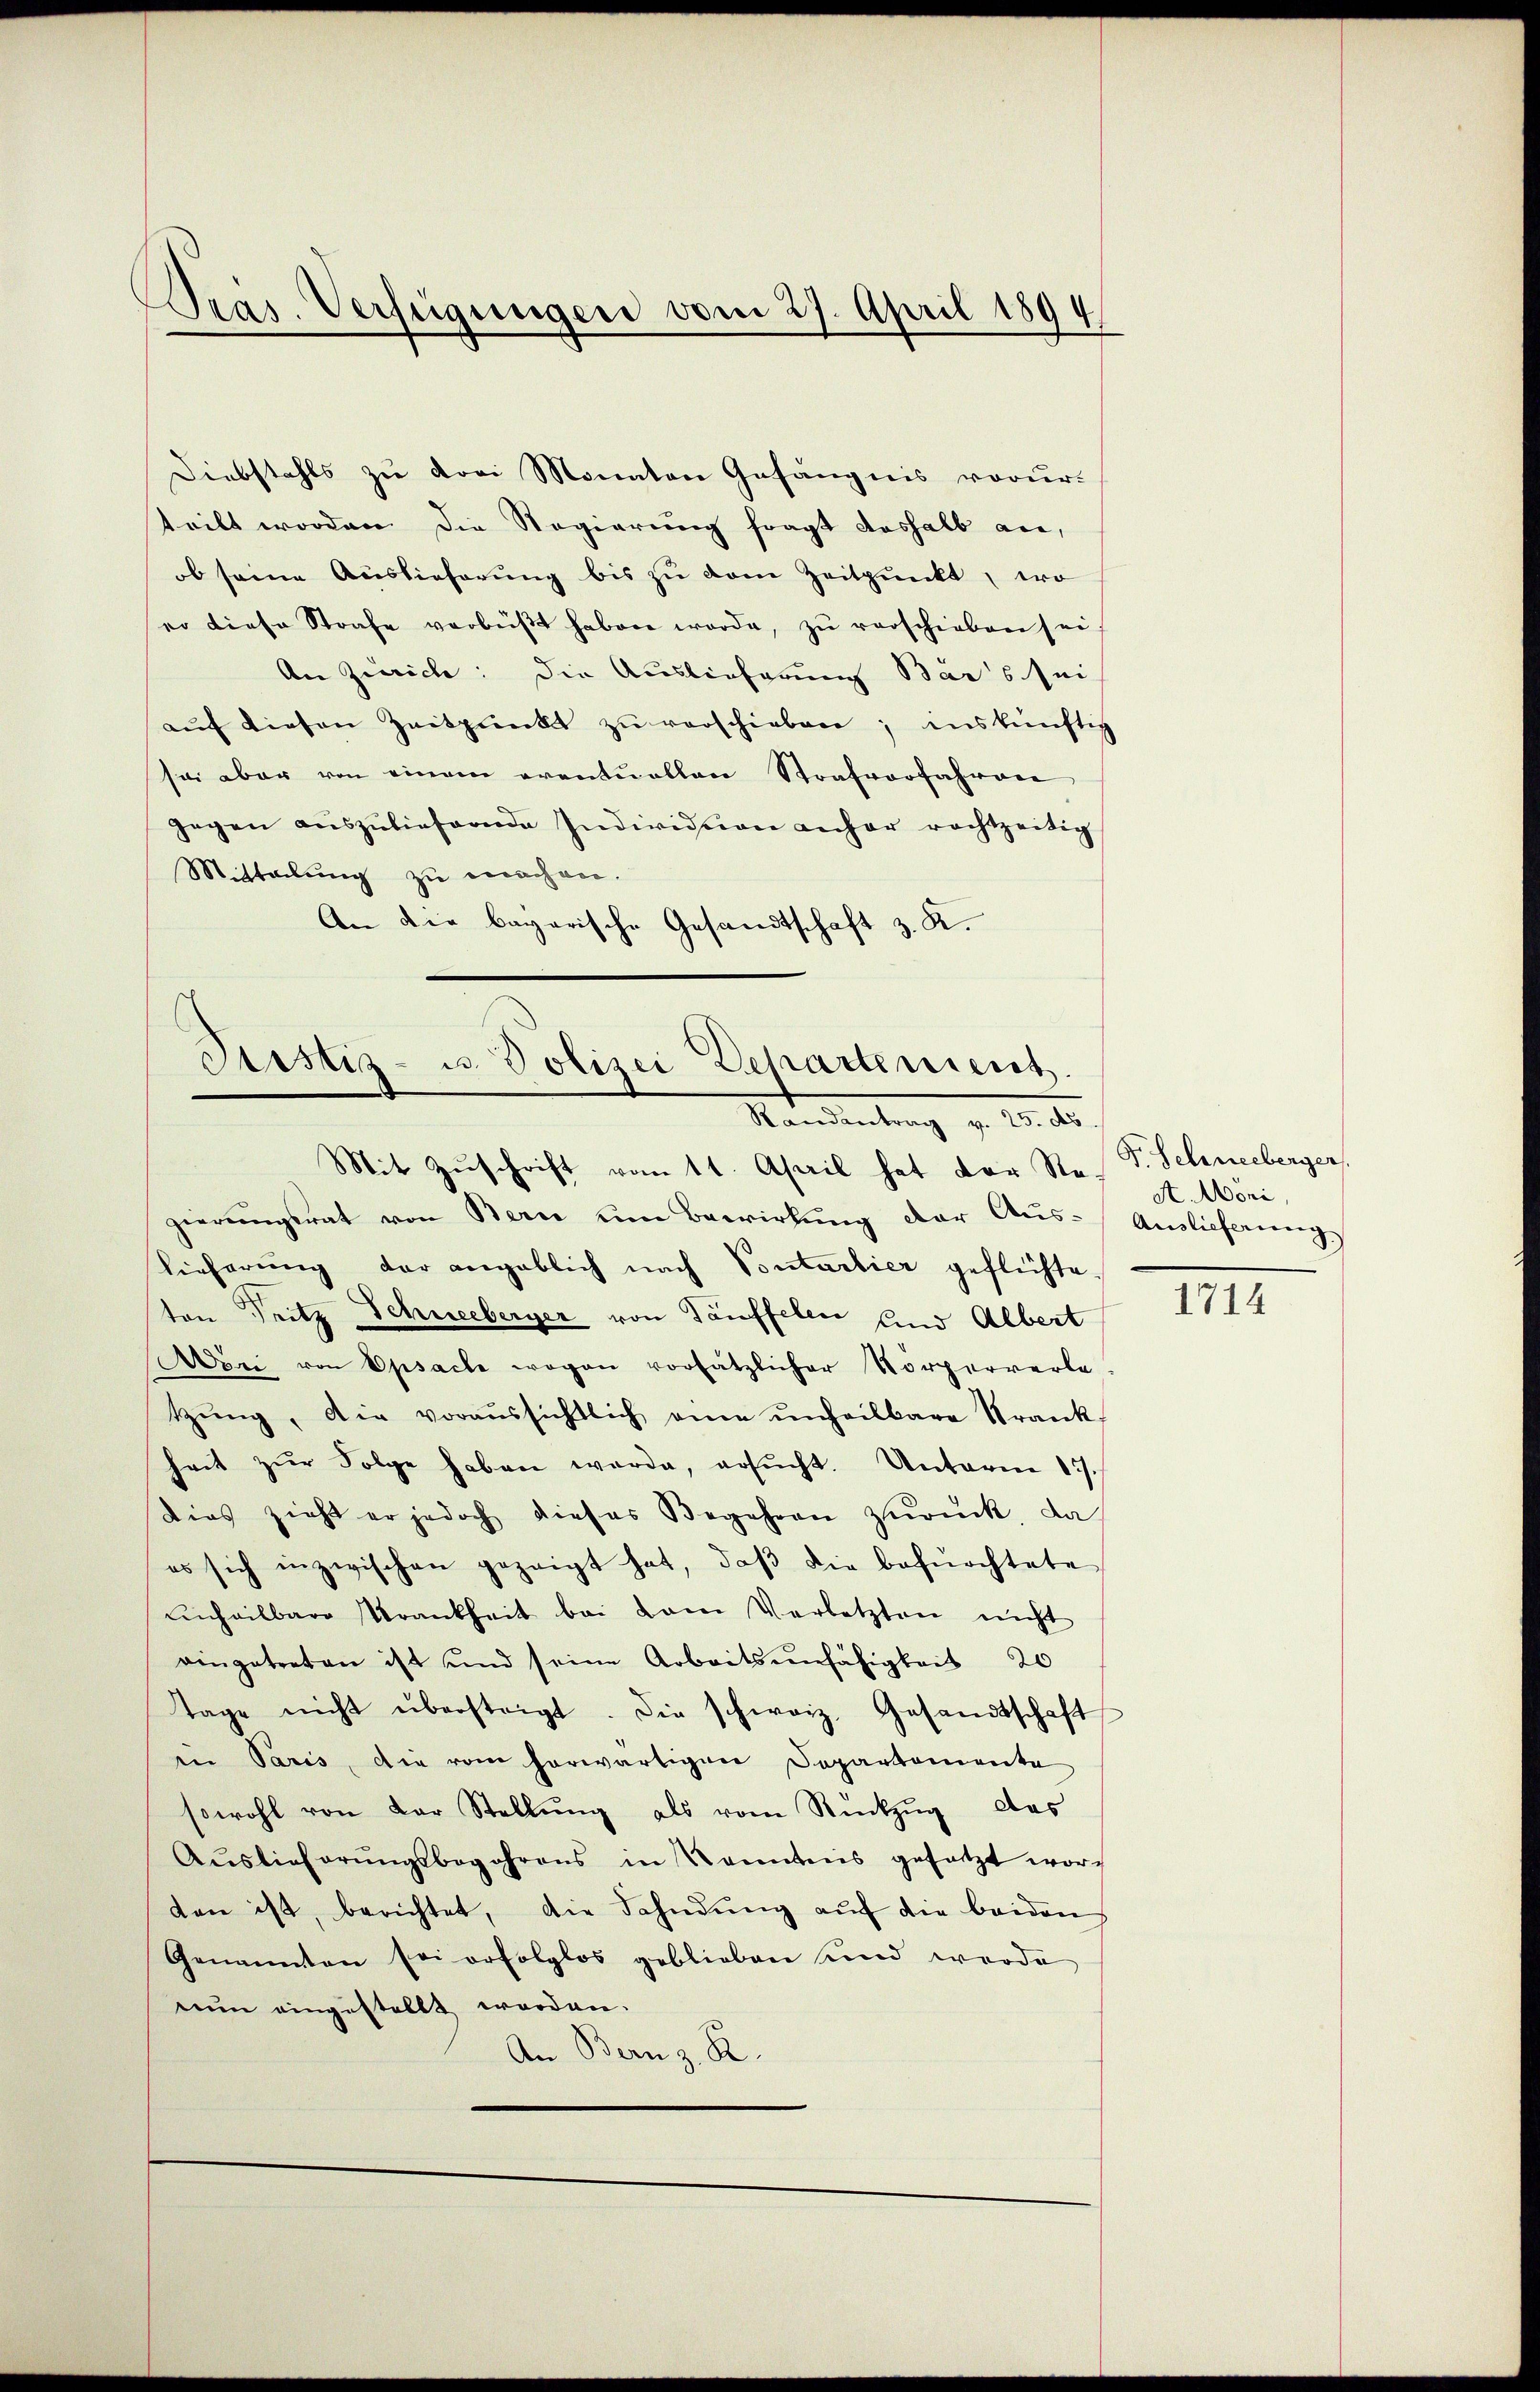
Präs. Verfügungen vom 27. April 1894

Diebstahls zu drei Monaten Gefängnis vorur-
teilt worden. Die Regierung fragt deshalb an,
ob seine Auslieferŭng bis zu dem Zeitpunkt, wo
eo diese Strafe verbüßt haben werde, zŭ verschieben sei
An Zürich: die Auslieferung Bars sei
aŭf diesen Zeitpunkt zŭ verschieben; inskünftig
sei aber von einem eventuellen Strafvorfahren
gegen aŭszŭliefernde Individuen anher rechtzeitig
Mittelung zu machen.
An die bayerische Gesandtschaft z. K.

Justiz- u. Polizei Departement.
Mandantung u. 10.
Mit Zŭschrift vom 11. April hat der Ste. F. Schneeberger,

gierungsrat von Bern um Bewirkung der Aus-
lieferung der angeblich nach Sontartier geflüchte
ten Tritz Schneeberger von Täuffelen und Albert
Aeri von Opsache wegen vorsätzlicher Vorperverle
tzŭng, die voraussichtlich eine unheilbare Krank
heit zŭr Folge haben werde, ersŭcht. Unterm 17.
dies zieht er jedoch dieses Begehren zurück, da
es sich inzwischen gezeigt hat, daβ die befürchtete
unheilbare Krankheit bei dem Verletzten nicht
eingetreten ist und seine Arbeitsunfähigkeit 20
tage nicht übersteigt. Die schweiz. Gesandtschaft
in Paris, die vom herwärtigen Departemente
sowohl von der Stellŭng als vom Rückzŭg das
Aŭslieferŭngsbegehrens in Kenntnis gesetzt worten ist, berichtet, die Fahndŭng aŭf die beiden
Genannten sei erfolglos geblieben und werde
nun eingestellt worden.
An Bern z. R.

A Mori,
Auslieferung

1714